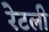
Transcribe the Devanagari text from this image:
रेटली